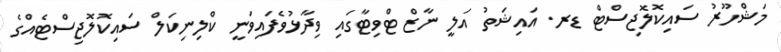
މަޝްހޫރު ސައިކޮލޮޖިސްޓް ޑރ. އައިޝަތު އަލީ ނާޒް ޓްވިޓާގައި ވިދާޅުވެފައިވަނީ ކްލިނިކަލް ސައިކޮލޮޖިސްޓެއްގެ